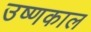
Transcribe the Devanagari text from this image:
उष्णकाल